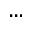
. . .